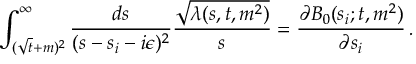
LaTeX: \int _ { ( \sqrt { t } + m ) ^ { 2 } } ^ { \infty } \frac { d s } { ( s - s _ { i } - i \epsilon ) ^ { 2 } } \frac { \sqrt { \lambda ( s , t , m ^ { 2 } ) } } { s } = \frac { \partial B _ { 0 } ( s _ { i } ; t , m ^ { 2 } ) } { \partial s _ { i } } \, .